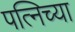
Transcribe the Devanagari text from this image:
पत्निच्या